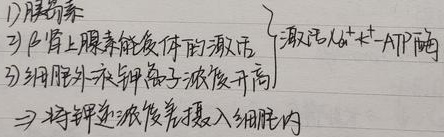
胰岛素、肾上腺素能受体的激活$\begin{cases}\text{激活 }Na^{+}-K^{+}-ATP\text{ 酶}\\\text{细胞外液钾离子浓度升高}\end{cases}\Rightarrow\text{将钾逆浓度差摄入细胞内}$